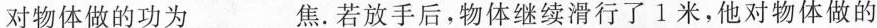
对物体做的功为___焦.若放手后，物体继续滑行了1米，他对物体做的